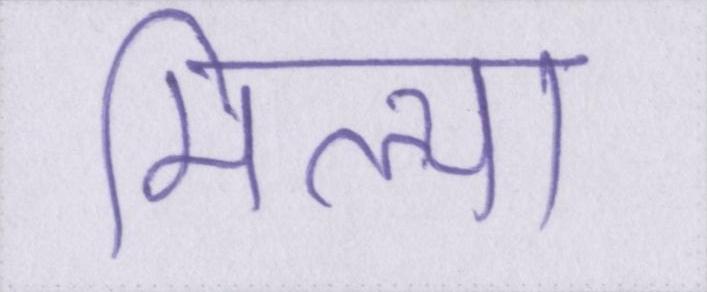
मिल्या